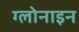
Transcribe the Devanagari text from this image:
ग्लोनाइन